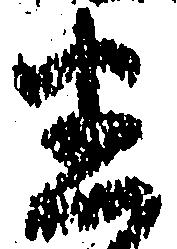
迷